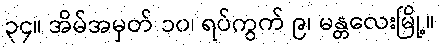
၃၄။ အိမ်အမှတ် ၁၀၊ ရပ်ကွက် ၉၊ မန္တလေးမြို့။